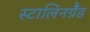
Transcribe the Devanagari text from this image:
स्टालिनग्रैड